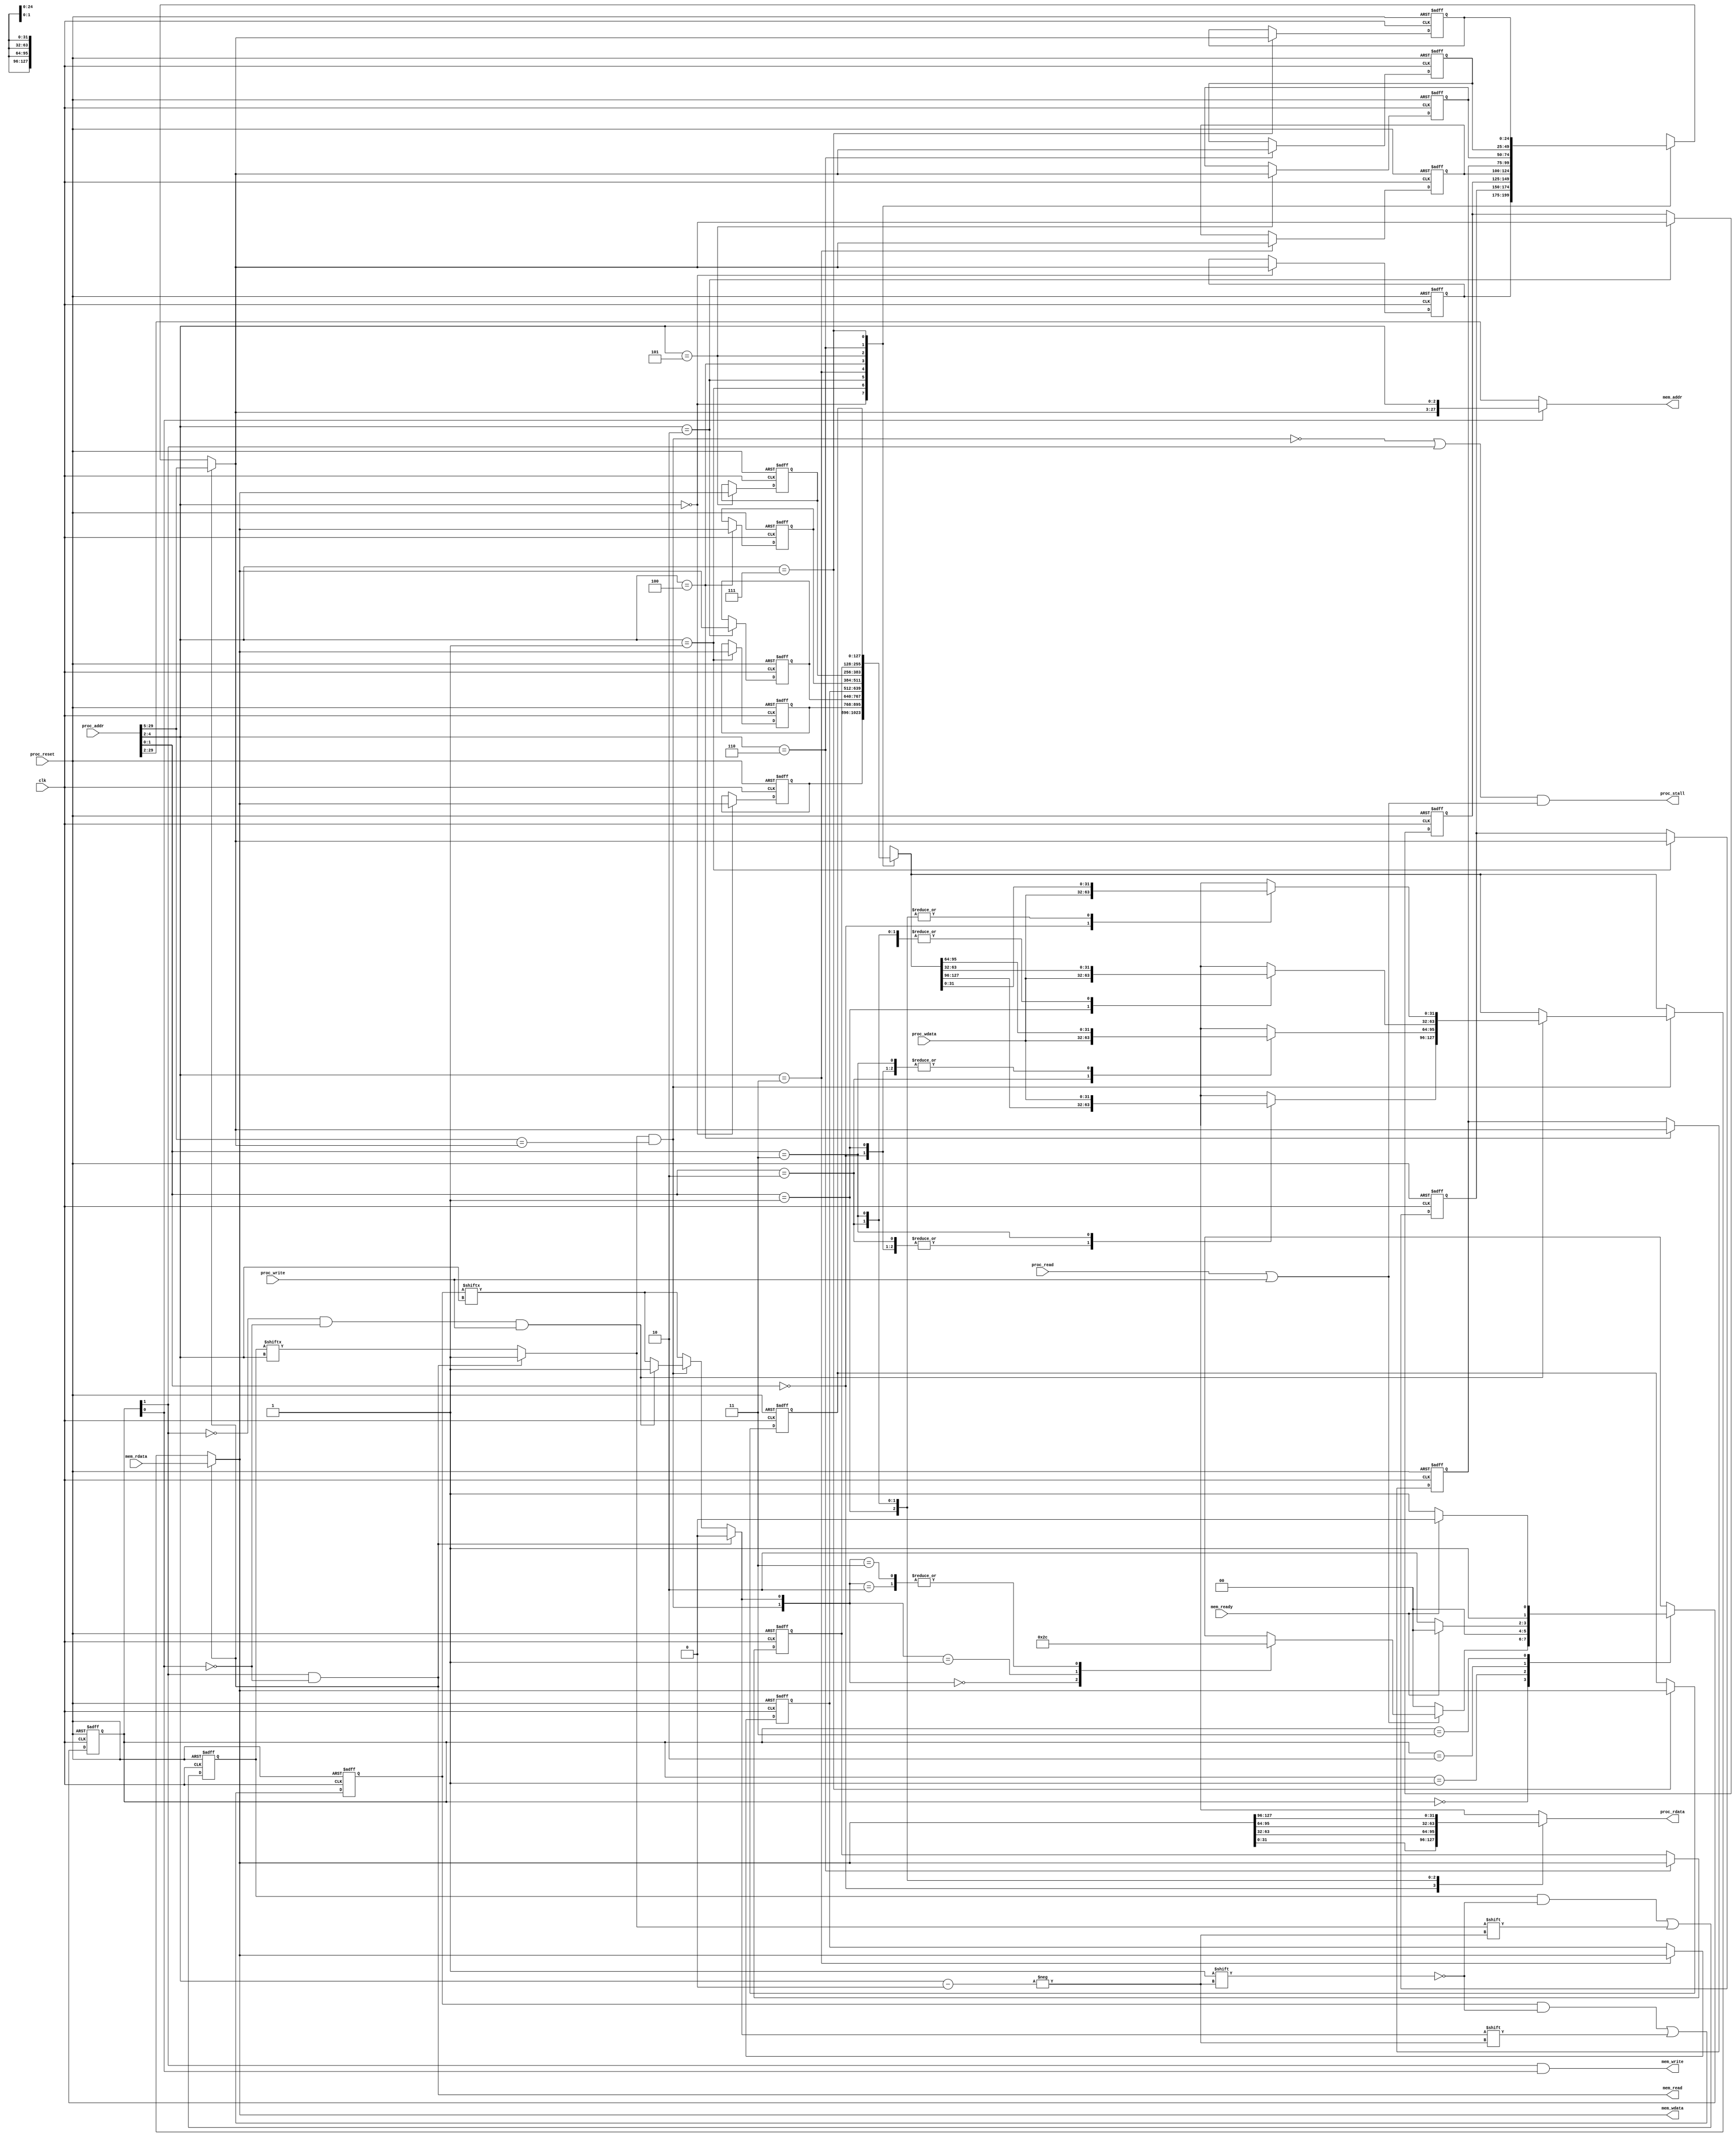
module L1cache(
    clk,
    proc_reset,
    proc_read,
    proc_write,
    proc_addr,
    proc_wdata,
    proc_stall,
    proc_rdata,
    mem_read,
    mem_write,
    mem_addr,
    mem_rdata,
    mem_wdata,
    mem_ready
);	// output improvement
    

	//parameter BLOCK_SIZE = 128;
	//parameter TAG_SIZE = 25;

	//parameter BLOCK_NUM = 8;
//==== input/output definition ============================
    input          clk;
    // processor interface
    input          proc_reset;
    input          proc_read, proc_write;
    input   [29:0] proc_addr;
    input   [31:0] proc_wdata;
    output         proc_stall;
    output reg [31:0] proc_rdata;
    // memory interface
    input  [127:0] mem_rdata;
    input          mem_ready;
    output 	       mem_read, mem_write;
    output  [27:0] mem_addr;
    output  [127:0] mem_wdata;
    
//==== wire/reg definition ================================

	reg [127:0] block;
	reg [127:0] block_save [7:0] ;
	reg [127:0] data; 	//cache
	reg [7:0] valid_save,dirty_save;
	reg valid,dirty;
	reg [24:0] tag;
	reg [24:0] tag_save [7:0];

	reg [1:0] state, next_state;

	wire [2:0] index;
	wire hit;

	integer i;
	integer counter, next_counter, miss, next_miss;    


    
//==== combinational circuit ==============================


	assign index = proc_addr[4:2];
	assign hit = valid && (proc_addr[29:5] == tag);


	always @(*) begin	//for state
	next_counter = counter;
	next_miss = miss;
		case(state) 
			2'b00:begin 	//Read or Write
				if((proc_read||proc_write)) begin
					next_counter = counter +1;
					case({hit,dirty})
					2'b00: begin next_state = 2'b10; next_miss = miss +1; end
					2'b01: begin next_state = 2'b11; next_miss = miss +1;end
					2'b10: begin next_state = 2'b00; next_miss = miss;end
					2'b11: begin next_state = 2'b00; next_miss = miss;end
					endcase
				end
				else begin
					next_counter = counter;
					next_miss = miss;
					next_state = 2'b00;
				end
			end

			2'b01:begin
				next_counter = counter;
				next_miss = miss;
				next_state = 2'b00;
			end

			2'b10:begin	//Write 4-word data from memory to cache
			next_counter = counter;
				next_miss = miss;
				if(mem_ready) begin
					next_state = 2'b00;
				end
				else begin
					next_state = 2'b10;
				end
			end
			2'b11:begin	//Write back
			next_counter = counter;
	next_miss = miss;
				if(mem_ready) begin
					next_state = 2'b10;
				end
				else begin
					next_state = 2'b11;
				end
			end
		endcase
	end

	always @(*) begin //for output
		case(proc_addr[1:0])
			2'd0: proc_rdata = block[31:0];
			2'd1: proc_rdata = block[63:32];
			2'd2: proc_rdata = block[95:64];
			2'd3: proc_rdata = block[127:96];
		endcase
	end

	assign proc_stall = (~hit || state[1]) && (proc_read||proc_write);
	assign mem_wdata = block;
	assign mem_addr = state[0] ? {tag, index}:proc_addr[29:2];
	assign mem_read = state[1] && ~state[0];
	assign mem_write = state[1] && state [0];


	always @(*)begin	//to write data to cache
			valid = valid_save[index];
			dirty = dirty_save[index];
			block = block_save[index];
			tag = tag_save[index];
			

			if(hit) begin
				if(~state[1] && ~state[0] && proc_write) begin
					dirty = 1'b1;
					case(proc_addr[1:0])
					2'd0: block[31:0] = proc_wdata; 
					2'd1: block[63:32] = proc_wdata; 
					2'd2: block[95:64] = proc_wdata; 
					2'd3: block[127:96] = proc_wdata; 
					endcase
				end
			end
		

			if(state[1] && ~state[0]) begin
			valid = 1'b1;
			tag = proc_addr[29:5];
			dirty = 1'b0;
			block = mem_rdata;
			end
	end

//==== sequential circuit =================================
	always@( posedge clk or posedge proc_reset ) begin
	    if( proc_reset ) begin
	    	state <= 2'b00;
			valid_save <= 8'b0;
			dirty_save <= 8'b0; 
			miss <= 0;
			counter <= 0;

			for(i = 0; i <8; i = i+1) begin
			tag_save[i] <= 25'b0;  
			block_save[i] <= 128'b0;
			end
		end
	    else begin
	    	state <= next_state;
	    	miss <= next_miss;
	    	counter <= next_counter;
			valid_save[index] <= valid;
			dirty_save[index] <= dirty;
			tag_save[index] <= tag;
			block_save[index] <= block;

	    end
	end


endmodule